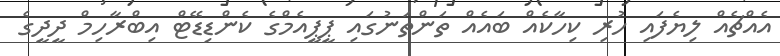
އެއްޗެއް ލިޔެފައި ހުރި ކިހާކެއް ބައެއް ތަންތަނުގައި ޕީޕީއެމްގެ ކެންޑިޑޭޓް އިބްރާހިމް ދީދީގެ